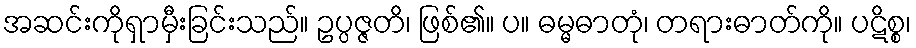
အဆင်းကိုရှာမှီးခြင်းသည်။ ဥပ္ပဇ္ဇတိ၊ ဖြစ်၏။ ပ။ ဓမ္မဓာတုံ၊ တရားဓာတ်ကို။ ပဋိစ္စ၊